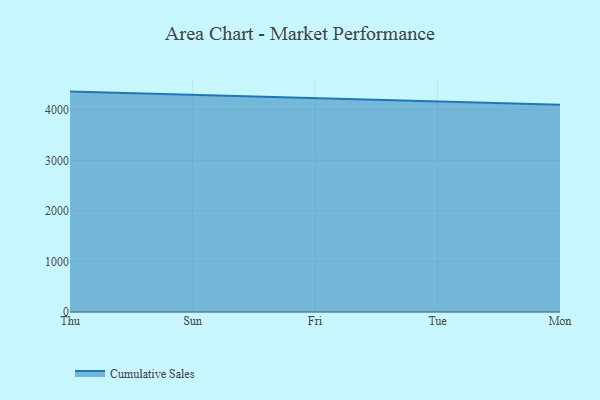
{"axis": {"x": "Day", "y": "Satisfaction Score"}, "legend": ["Cumulative Sales"], "data": [{"x": "Thu", "y": 4359.0, "type": "Cumulative Sales"}, {"x": "Sun", "y": 4293.4, "type": "Cumulative Sales"}, {"x": "Fri", "y": 4222.7, "type": "Cumulative Sales"}, {"x": "Tue", "y": 4160.3, "type": "Cumulative Sales"}, {"x": "Mon", "y": 4099.5, "type": "Cumulative Sales"}]}